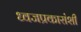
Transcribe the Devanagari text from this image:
ध्वजप्रकारांशी